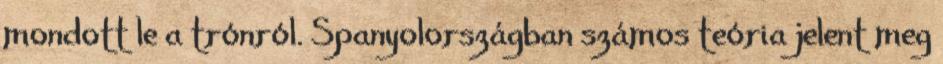
mondott le a trónról. Spanyolországban számos teória jelent meg